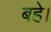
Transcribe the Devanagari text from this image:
बहे।